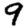
Digit: 9